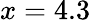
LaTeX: x=4.3